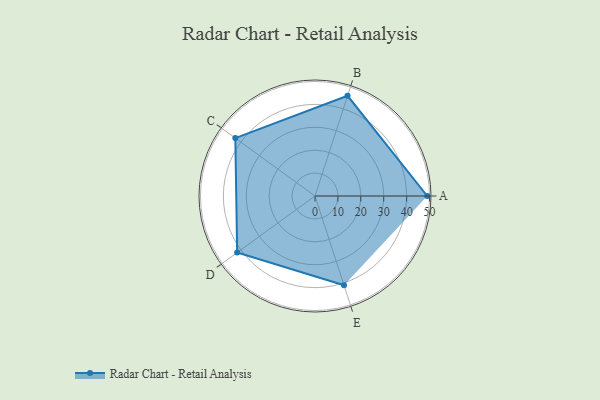
{"axis": {"x": "Skill", "y": "Score"}, "legend": ["Profile"], "data": [{"x": "A", "y": 49.0, "type": "Profile"}, {"x": "B", "y": 46.0, "type": "Profile"}, {"x": "C", "y": 43.0, "type": "Profile"}, {"x": "D", "y": 42.0, "type": "Profile"}, {"x": "E", "y": 41.0, "type": "Profile"}]}